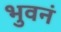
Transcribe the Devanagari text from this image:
भुवनं